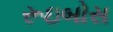
રૂઇબોસ